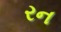
રન